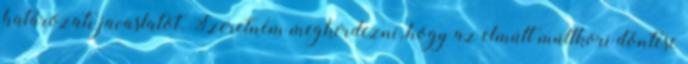
határozati javaslatot. Szeretném megkérdezni, hogy az elmúlt múltkori döntése